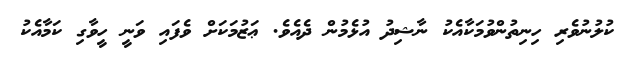
ކުލުނުވެރި ހިނިތުންވުމަކާއެކު ނާޝިދު އުޅެމުން ދެއެވެ. ޢަޒުމަކަށް ވެފައި ވަނީ ހީވާގި ކަމާއެކު